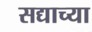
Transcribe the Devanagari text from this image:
सद्याच्या